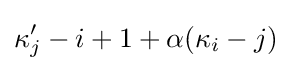
\kappa _{j}'-i+1+\alpha (\kappa _{i}-j)